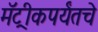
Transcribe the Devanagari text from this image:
मॅट्रीकपर्यंतचे